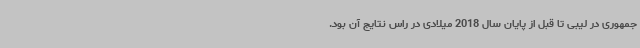
جمهوری در لیبی تا قبل از پایان سال 2018 میلادی در راس نتایج آن بود.